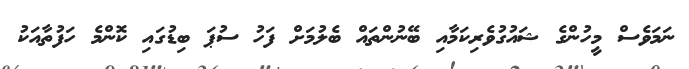
ނަމަވެސް މީހުންގެ ޝައުގުވެރިކަމާއި ބޭނުންތައް ބެލުމަށް ފަހު ސުޕަ ބިޑުގައި ކޮންމެ ހަފުތާއަކު